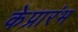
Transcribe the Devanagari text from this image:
केप्रारंभ